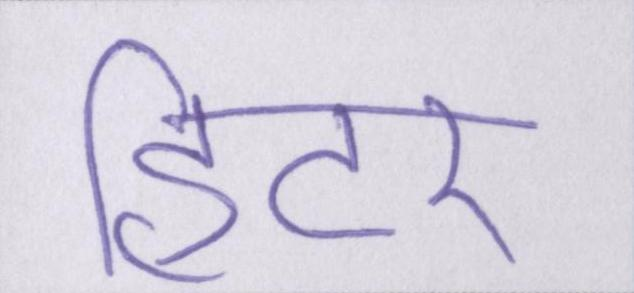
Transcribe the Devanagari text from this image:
हीटर